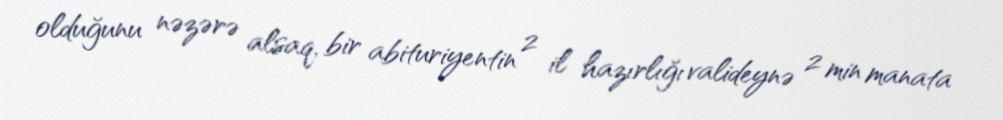
olduğunu nəzərə alsaq, bir abituriyentin 2 il hazırlığı valideynə 2 min manata